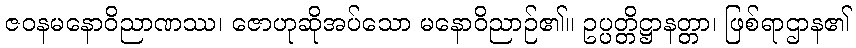
ဇဝနမနောဝိညာဏဿ၊ ဇောဟုဆိုအပ်သော မနောဝိညာဉ်၏။ ဥပ္ပတ္တိဋ္ဌာနတ္တာ၊ ဖြစ်ရာဌာန၏